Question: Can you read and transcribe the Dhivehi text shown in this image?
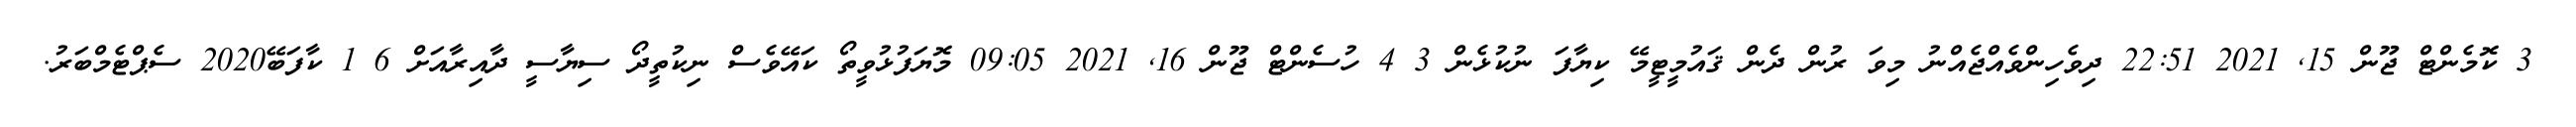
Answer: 3 ކޮމެންޓް ޖޫން 15, 2021 22:51 ދިވެހިންވެއްޖެއްނު މިވަ ރުން ދެން ޤައުމީޓީމޭ ކިޔާފަ ނުކުޅެން 3 4 ހުސެންޓް ޖޫން 16, 2021 09:05 މޮޔަފުޅުވީތޯ ކައޭވެސް ނިކުތީދޯ ސިޔާސީ ދާއިރާއަށް 6 1 ކާފަބޭ2020 ސެޕްޓެމްބަރު.